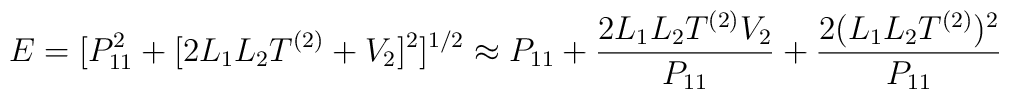
E=[P_{11}^2+[2L_1 L_2 T^{(2)}+V_2]^2]^{1/2}\approx P_{11}+\frac{2L_1 L_2 T^{(2)}V_2}{ P_{11}} +{2(L_1L_2T^{(2)})^2\over P_{11} }